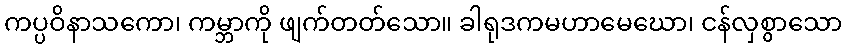
ကပ္ပဝိနာသကော၊ ကမ္ဘာကို ဖျက်တတ်သော။ ခါရုဒကမဟာမေဃော၊ ငန်လှစွာသော